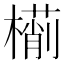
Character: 𣜎